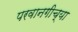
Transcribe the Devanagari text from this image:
परवानगीच्या